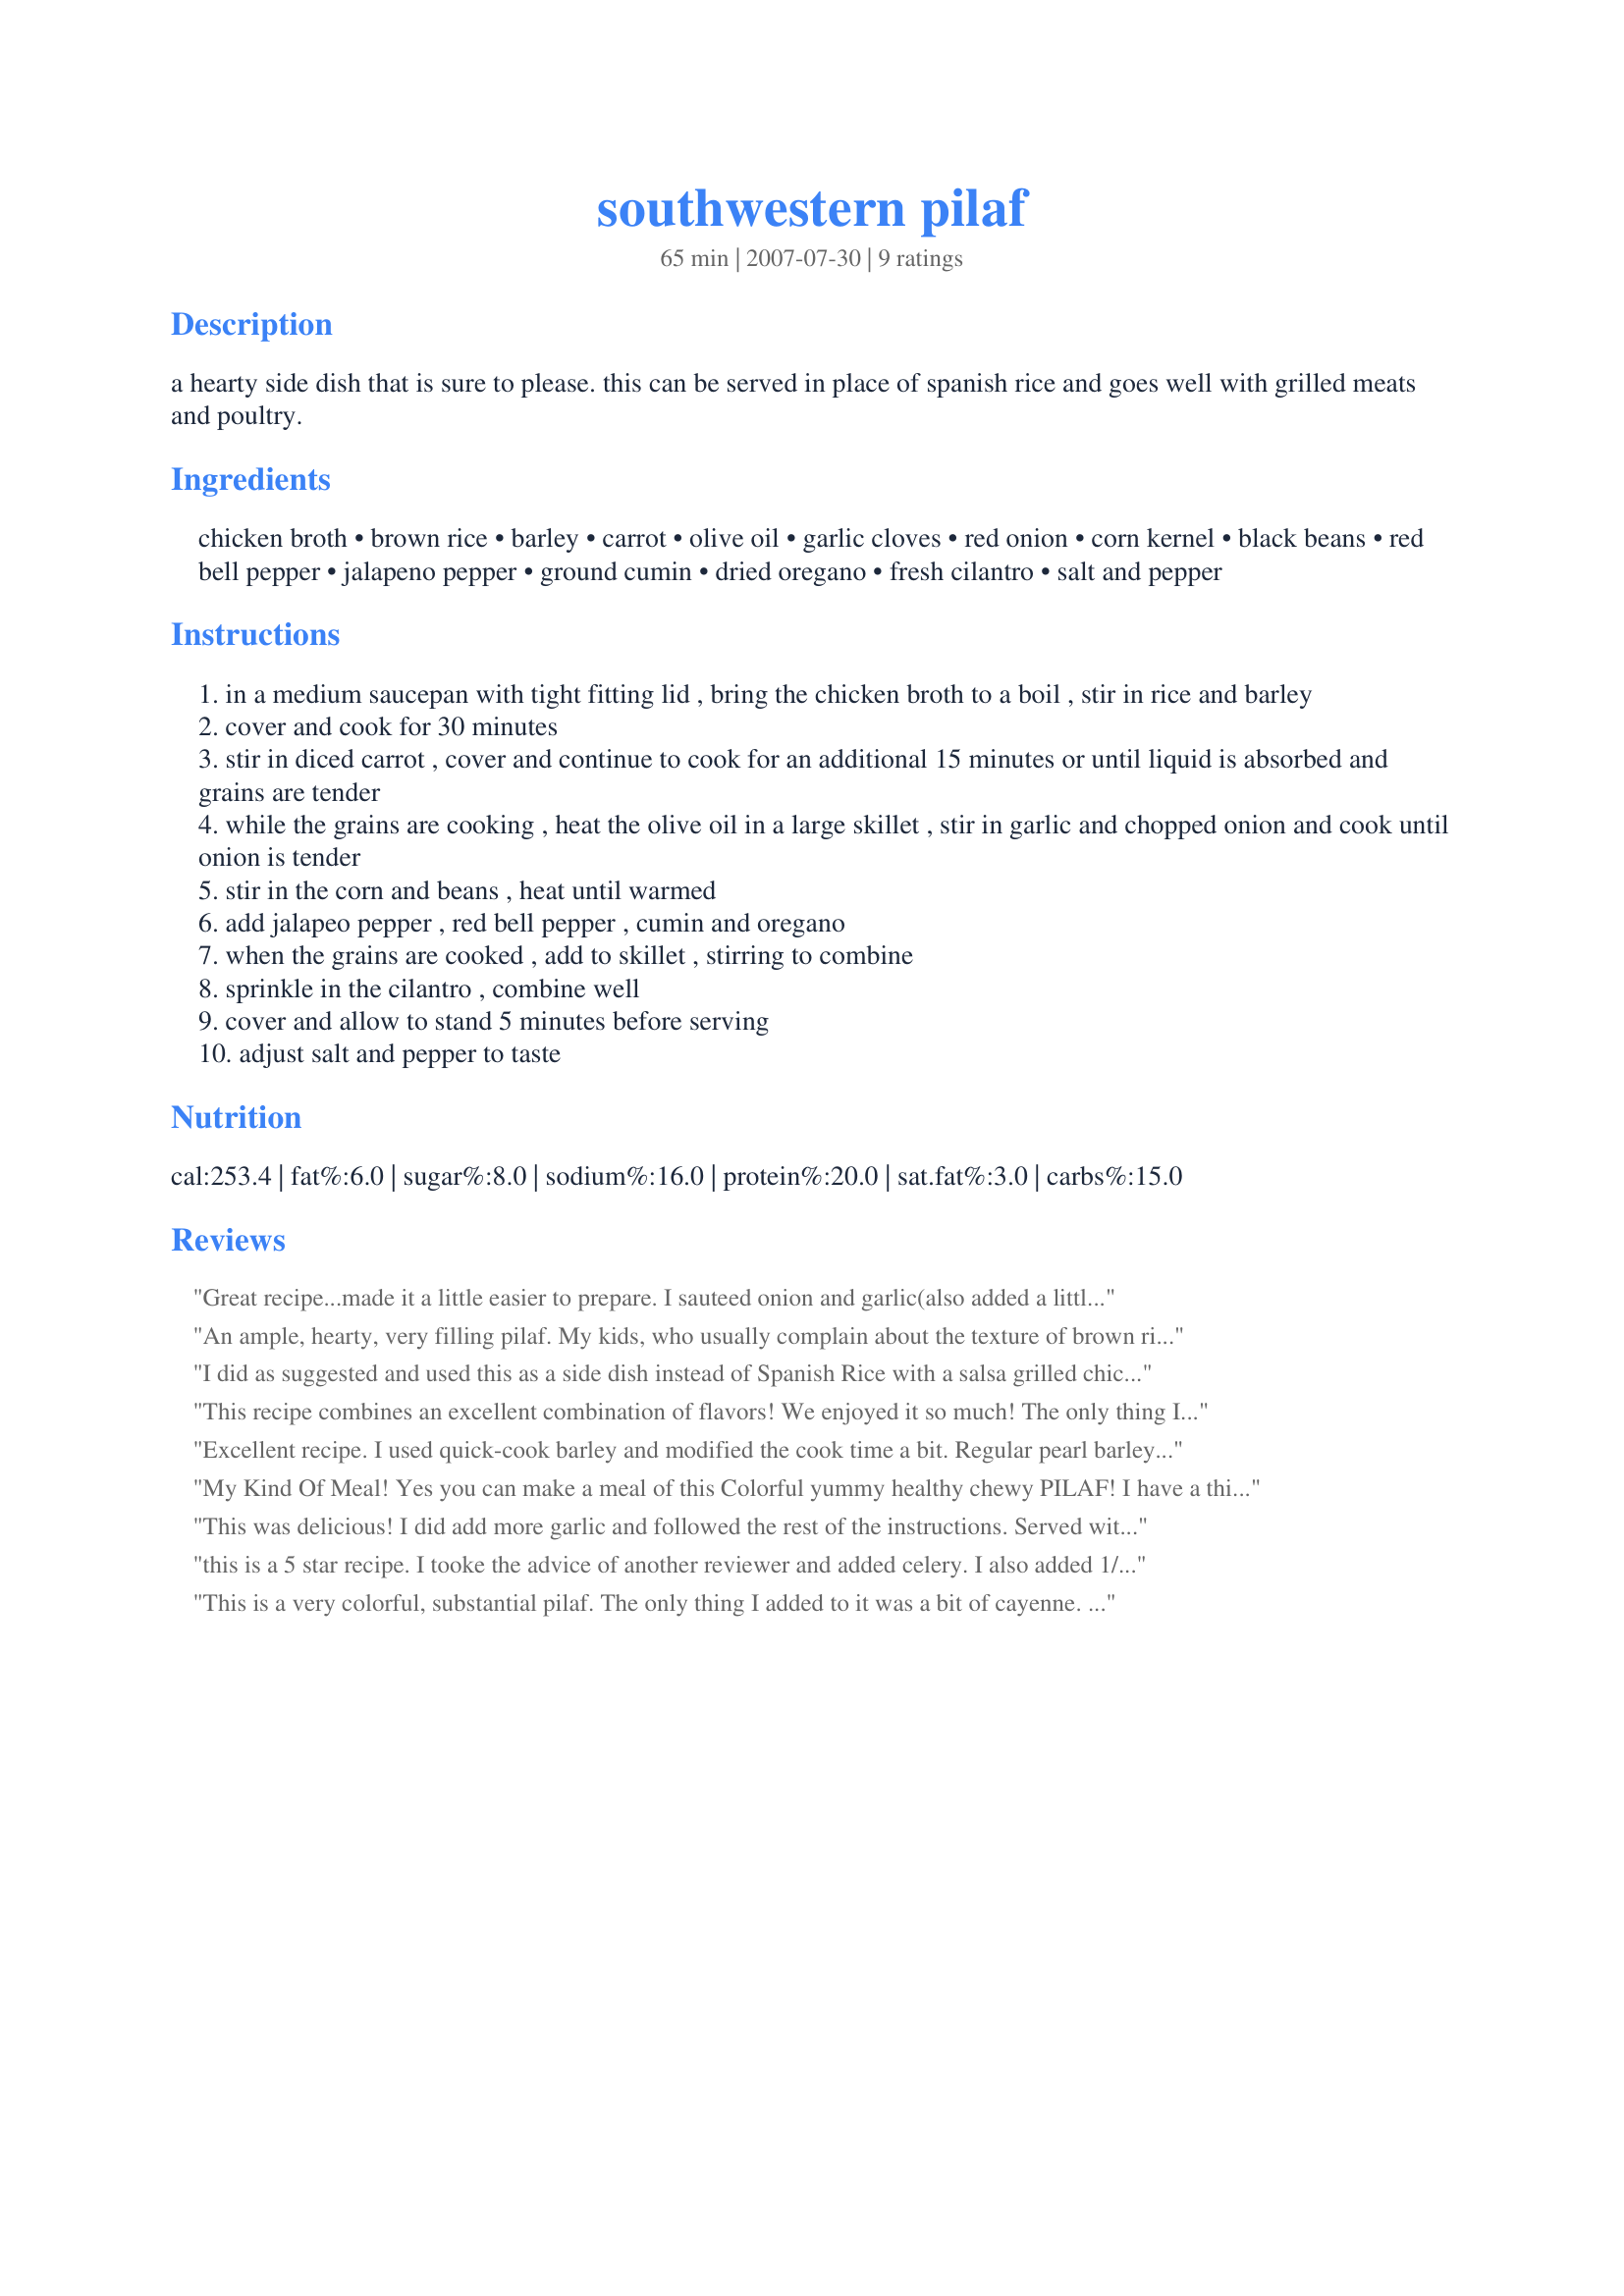
southwestern pilaf
Preparation time: 65 minutes

a hearty side dish that is sure to please. this can be served in place of spanish rice and goes well with grilled meats and poultry.

Ingredients:
chicken broth, brown rice, barley, carrot, olive oil, garlic cloves, red onion, corn kernel, black beans, red bell pepper, jalapeno pepper, ground cumin, dried oregano, fresh cilantro, salt and pepper

Steps:
in a medium saucepan with tight fitting lid , bring the chicken broth to a boil , stir in rice and barley
cover and cook for 30 minutes
stir in diced carrot , cover and continue to cook for an additional 15 minutes or until liquid is absorbed and grains are tender
while the grains are cooking , heat the olive oil in a large skillet , stir in garlic and chopped onion and cook until onion is tender
stir in the corn and beans , heat until warmed
add jalapeo pepper , red bell pepper , cumin and oregano
when the grains are cooked , add to skillet , stirring to combine
sprinkle in the cilantro , combine well
cover and allow to stand 5 minutes before serving
adjust salt and pepper to taste

Reviews:
Great recipe...made it a little easier to prepare. I sauteed onion and garlic(also added a little celery) in oil, added broth(used wyler's big boullion with carrot chopped in blender) and grains..<br/>Cooked for 45 minutes till most of moisture absorbed, added corn, beans, peppers, and seasonings and let cook about 5 minutes more...<br/><br/>It is delicious and very hardy.. One can of beans was actually about 1 1/2 cups of beans so I used them all...Could be eaten as a stand alone main dish with the balanced mix of protein and complex carbs..
An ample, hearty, very filling pilaf. My kids, who usually complain about the texture of brown rice, had their attention diverted due to all the other wonderful nubby-textured ingredients. I will add a little chili powder and maybe more garlic next time. An extra plus, this is loaded with fiber. Thanks, Paula.
I did as suggested and used this as a side dish instead of Spanish Rice with a salsa grilled chicken. I have never mixed barley and rice in a dish such as this and truly liked this combination mixed with the garlicky southwest ingredients and seasonings.
This recipe combines an excellent combination of flavors! We enjoyed it so much! The only thing I changed was not to add the entire amount of rice and barley into the vegetables. The barley adds body and flavor to this dish and I would definitely not leave this ingredient out. We will look forward to enjoying this recipe again, Paula! Thanks so much for taking the time to share this recipes with us!
Excellent recipe. I used quick-cook barley and modified the cook time a bit. Regular pearl barley would have been better, but the quick-cook did work. This recipe is good hot or cold. Cold is nice for these super hot days we've been having lately! A note on the instructions. It is not clear on when to add the seasonings. They are mentioned both in steps 4 and 6.
My Kind Of Meal! Yes you can make a meal of this Colorful yummy healthy chewy PILAF! I have a thing if something can be made easier,"Why Not?" So I sauteed the carrots garlic, onions, peppers in the oil for 5 minutes added the barley and rice tossed to coat, then broth (which should be adjusted to 2 1/2 cups)to it. Heated to a boil 
lowered the heat to a simmer added the cumin and oregano simmered for 35 minuted, adding the beans and corn cooking 15 more minutes garnish with the cilantro. This is a great base for a hearty soup just add more broth, leftovers are delish as a cold salad adding some fresh lime juice, my DH wanted melted cheese on his so I put it in a wrap with cheese. This has endless ways to serve. Thank YOU for this 10 star RSC recipe!
This was delicious! I did add more garlic and followed the rest of the instructions. Served with Tomato-Crowned Cod#35027. Definately will make this again. I have some left so for lunch today I am going to add some more onion, some celery and maybe some more diced carrots and fry up some sausage and make a soup. Thank you PaulaG. for such a wonderful and easy dish.
this is a 5 star recipe. I tooke the advice of another reviewer and added celery. I also added 1/2 green pepper, and since we love garlic, I tripled it.I used all instant healthy brown rice found at 'aldi's' and it worked great! Didn't use barley. What a wonderful recipe! play with the seasonings til the final product tastes good to YOU. Wonderful recipe. I must admit, we were absolutely shocked at how good it was. My dh's dr. wants to put him on blood pressure meds, and she said try a mederainain diet. I figure this is close.Surprisingly, we aren't fond of black beans, altho we do try to use them in our diet.You've got to try this. Its a real keeper.
This is a very colorful, substantial pilaf. The only thing I added to it was a bit of cayenne. This goes well with saucy Mexican dishes. Thanks for sharing!
